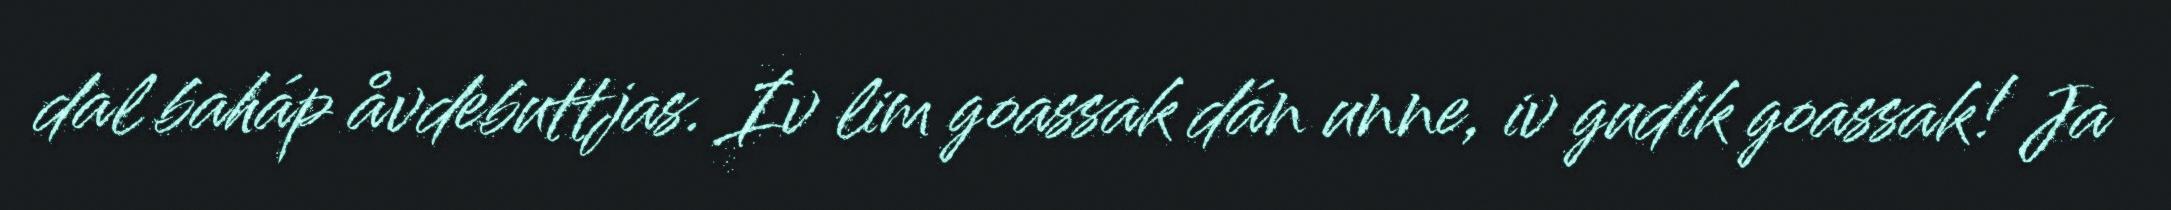
dal baháp åvdebuttjas. Iv lim goassak dán unne, iv gudik goassak! Ja